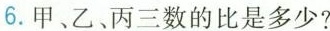
6.甲乙丙三数的比是多少？